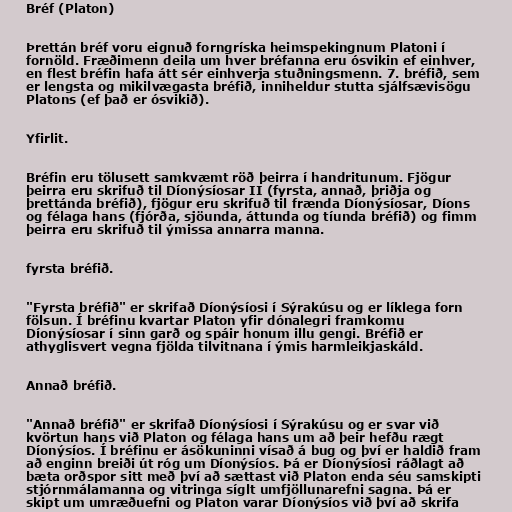
Bréf (Platon)

Þrettán bréf voru eignuð forngríska heimspekingnum Platoni í
fornöld. Fræðimenn deila um hver bréfanna eru ósvikin ef einhver,
en flest bréfin hafa átt sér einhverja stuðningsmenn. 7. bréfið, sem
er lengsta og mikilvægasta bréfið, inniheldur stutta sjálfsævisögu
Platons (ef það er ósvikið).

Yfirlit.

Bréfin eru tölusett samkvæmt röð þeirra í handritunum. Fjögur
þeirra eru skrifuð til Díonýsíosar II (fyrsta, annað, þriðja og
þrettánda bréfið), fjögur eru skrifuð til frænda Díonýsíosar, Díons
og félaga hans (fjórða, sjöunda, áttunda og tíunda bréfið) og fimm
þeirra eru skrifuð til ýmissa annarra manna.

fyrsta bréfið.

"Fyrsta bréfið" er skrifað Díonýsíosi í Sýrakúsu og er líklega forn
fölsun. Í bréfinu kvartar Platon yfir dónalegri framkomu
Díonýsíosar í sinn garð og spáir honum illu gengi. Bréfið er
athyglisvert vegna fjölda tilvitnana í ýmis harmleikjaskáld.

Annað bréfið.

"Annað bréfið" er skrifað Díonýsíosi í Sýrakúsu og er svar við
kvörtun hans við Platon og félaga hans um að þeir hefðu rægt
Díonýsíos. Í bréfinu er ásökuninni vísað á bug og því er haldið fram
að enginn breiði út róg um Díonýsíos. Þá er Díonýsíosi ráðlagt að
bæta orðspor sitt með því að sættast við Platon enda séu samskipti
stjórnmálamanna og vitringa síglt umfjöllunarefni sagna. Þá er
skipt um umræðuefni og Platon varar Díonýsíos við því að skrifa